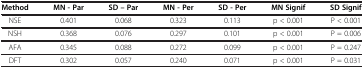
| Method | MN - Par | SD – Par | MN - Per | SD - Per | MN Signif | SD Signif |
 | --- | --- | --- | --- | --- | --- | --- |
 | NSE | 0.401 | 0.068 | 0.323 | 0.113 | p < 0.001 | P < 0.001 |
 | NSH | 0.368 | 0.076 | 0.297 | 0.101 | p < 0.001 | P = 0.006 |
 | AFA | 0.345 | 0.088 | 0.272 | 0.099 | p < 0.001 | P = 0.247 |
 | DFT | 0.302 | 0.057 | 0.240 | 0.071 | p < 0.001 | P = 0.031 |